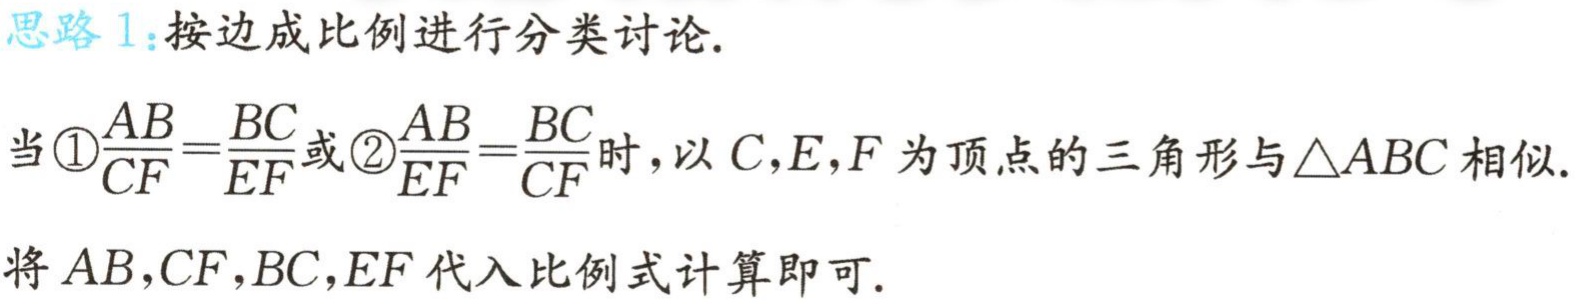
思路 1:按边成比例进行分类讨论.
当\textcircled{1}$\frac{AB}{CF}=\frac{BC}{EF}$或\textcircled{2}$\frac{AB}{EF}=\frac{BC}{CF}$时，以$C,E,F$为顶点的三角形与$\triangle ABC$相似.
将$AB,CF,BC,EF$代入比例式计算即可.